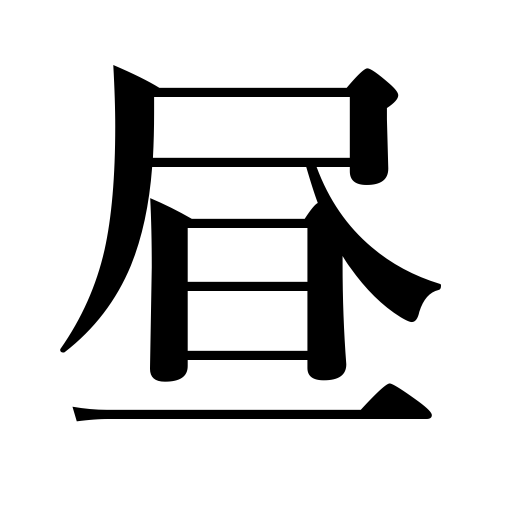
Meanings: noon,daytime,midday